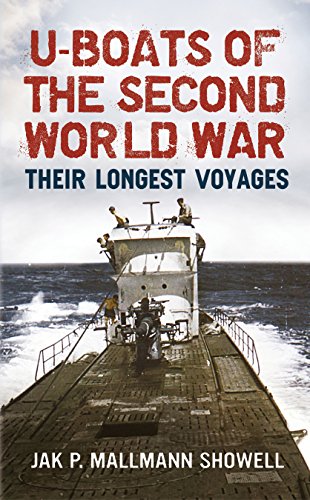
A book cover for U-Boats of the Second World War: Their Longest Voyages; Jak P. Mallmann Showell; Literature & Fiction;